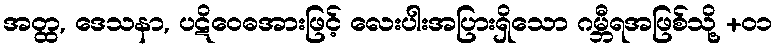
အတ္ထ, ဒေသနာ, ပဋိဝေဓအားဖြင့် လေးပါးအပြားရှိသော ဂမ္ဘီရအဖြစ်သို့ +၀၁